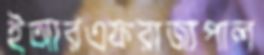
ইআরএফরাজ্যপাল